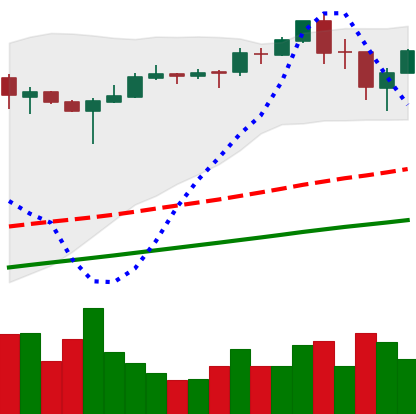
Ticker: BTC-USD
Chart end date: 2017-09-06
Forward return: -9.481%
Label: down_7plus